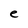
Character: e